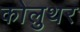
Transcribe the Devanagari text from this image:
कोलुथर